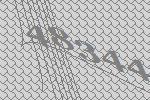
48344